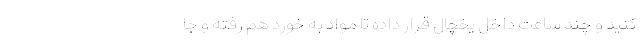
کنید و چند ساعت داخل یخچال قرار داده تا مواد به خورد هم رفته و جا